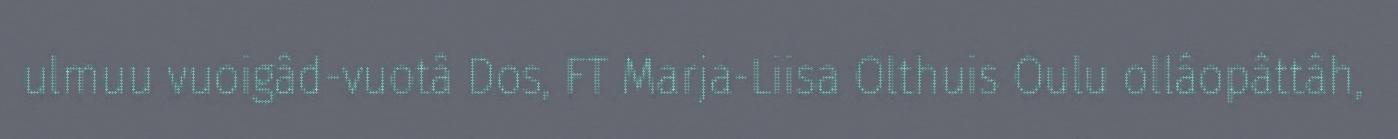
ulmuu vuoigâd-vuotâ Dos, FT Marja-Liisa Olthuis Oulu ollâopâttâh,